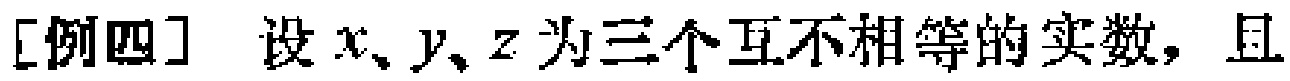
[例四] 设 \(x、y、z\) 为三个互不相等的实数，且